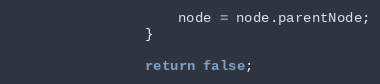
Language: JavaScript
			        node = node.parentNode;
			    }

			    return false;